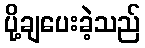
ပို့ချပေးခဲ့သည်